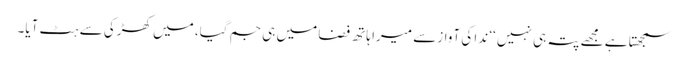
سمجھتا ہے مجھے پتہ ہی نہیں ‘‘ ندا کی آوازسے میرا ہاتھ فضا میں ہی جم گیا، میں کھڑکی سے ہٹ آیا۔